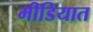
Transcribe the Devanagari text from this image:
मीडियात